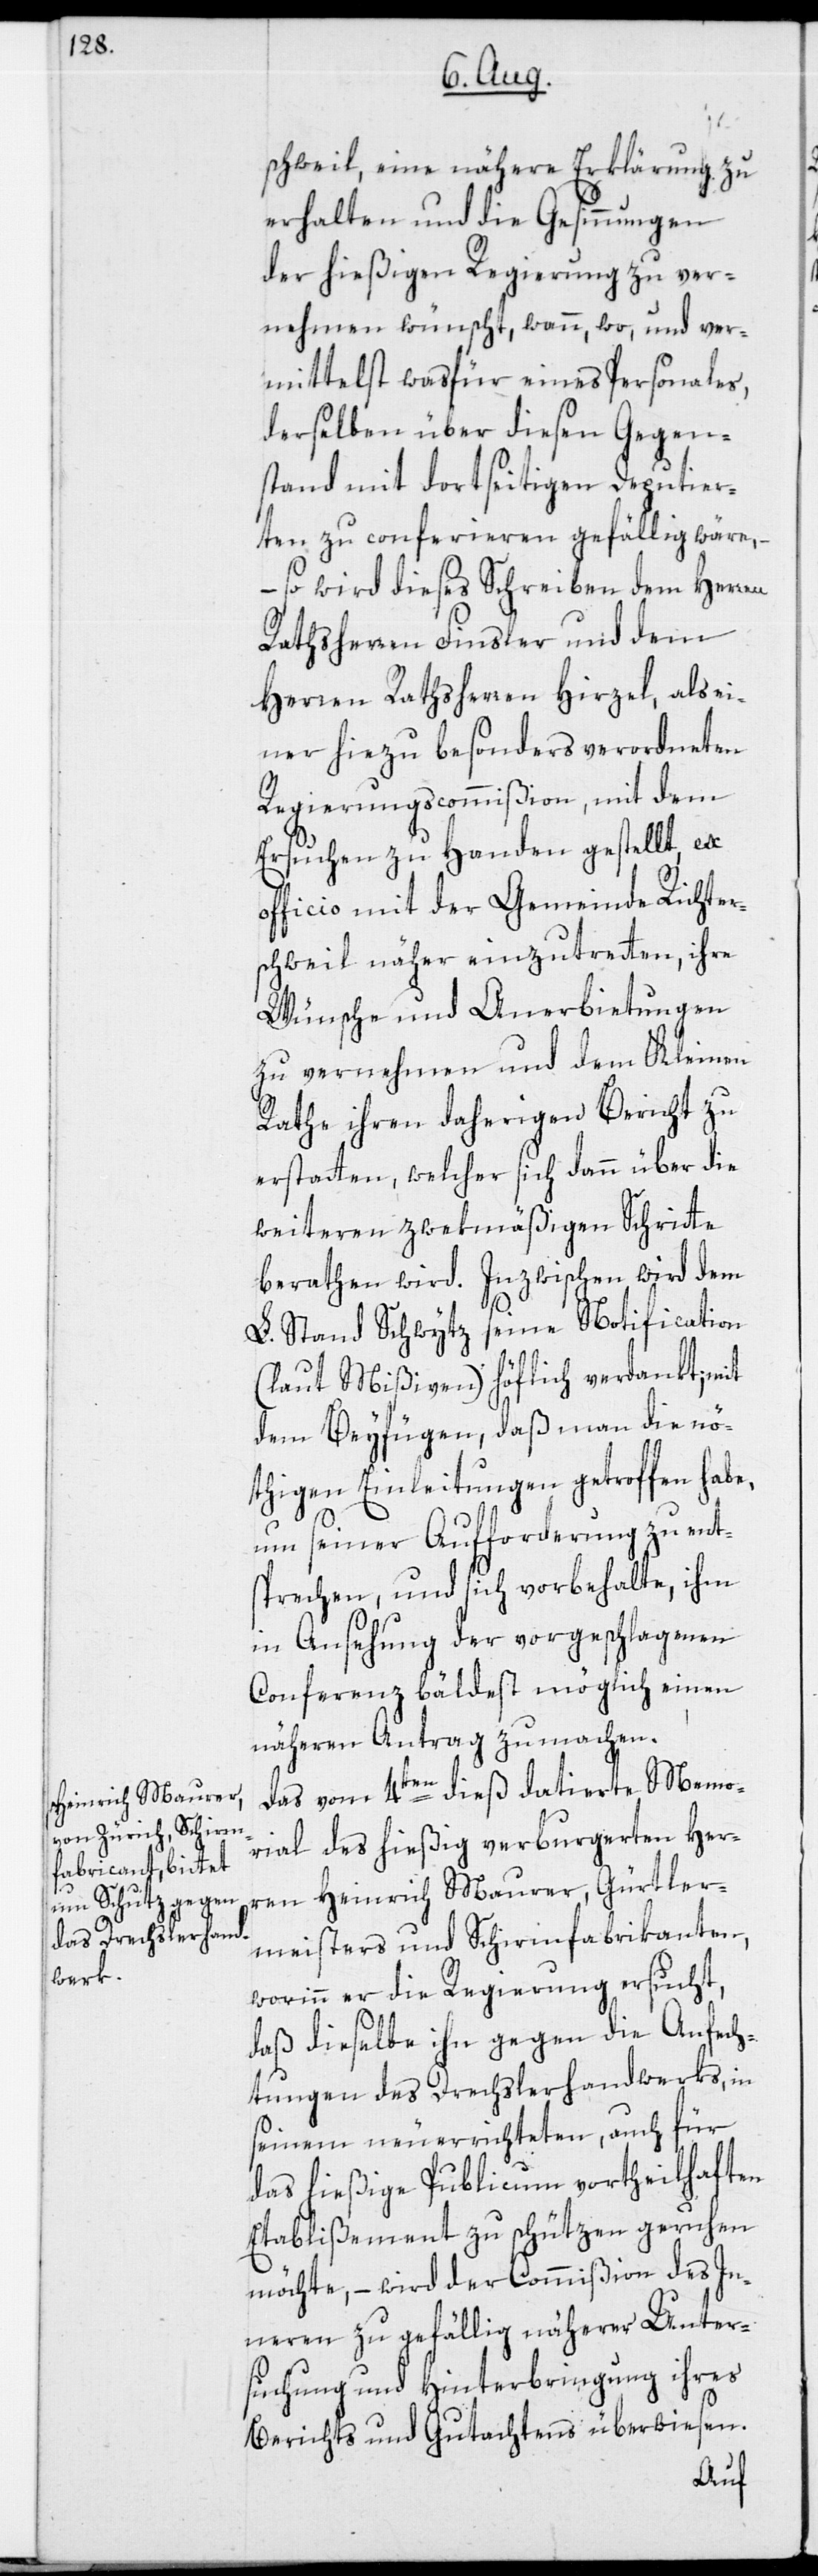
schweil, eine nähere Erklärung zu
erhalten und die Gesinnungen
der hießigen Regierung zu ver¬
nehmen wünscht, wann, wo, und ver¬
mittelst wasfür eines Personales,
derselben über diesen Gegen¬
stand mit dortseitigen Deputier¬
ten zu conferieren gefällig wäre,
– so wird dieses Schreiben dem Herren
Rathsherren Finsler und dem
Herren Rathsherren Hirzel, als ei¬
ner hiezu besonders verordneten
Regierungscommißion, mit dem
Ersuchen zu Handen gestellt, ex
officio mit der Gemeinde Richter¬
schweil näher einzutretten, ihre
Wünsche und Anerbietungen
zu vernehmen und dem Kleinen
Rathe ihren daherigen Bericht zu
erstatten, welcher sich dann über die
weiteren zwekmäßigen Schritte
berathen wird. Inzwischen wird dem
L. Stand Schwytz seine Notification
(laut Mißiven) höflich verdankt; mit
dem Beyfügen, daß man die nö¬
thigen Einleitungen getroffen habe,
um seiner Aufforderung zu ent¬
sprechen, und sich vorbehalte, ihm
in Ansehung der vorgeschlagenen
Conferenz bäldest möglich einen
näheren Antrag zu machen.
Das vom 4ten dieß datierte Memo¬
rial des hießig verburgerten Her¬
ren Heinrich Maurer, Gürtler¬
meisters und Schirmfabrikanten,
worinn er die Regierung ersucht,
daß dieselbe ihn gegen die Anfech¬
tungen des Drechslerhandwerks, in
seinem neuerrichteten, auch für
das hießige Publicum vortheilhaften
Etablißement zu schützen geruhen
möchte, – wird der Commißion des In¬
neren zu gefällig näherer Unter¬
suchung und Hinterbringung ihres
Berichts und Gutachtens überwiesen.